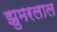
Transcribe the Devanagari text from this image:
झुमरलाल